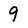
Character: 9